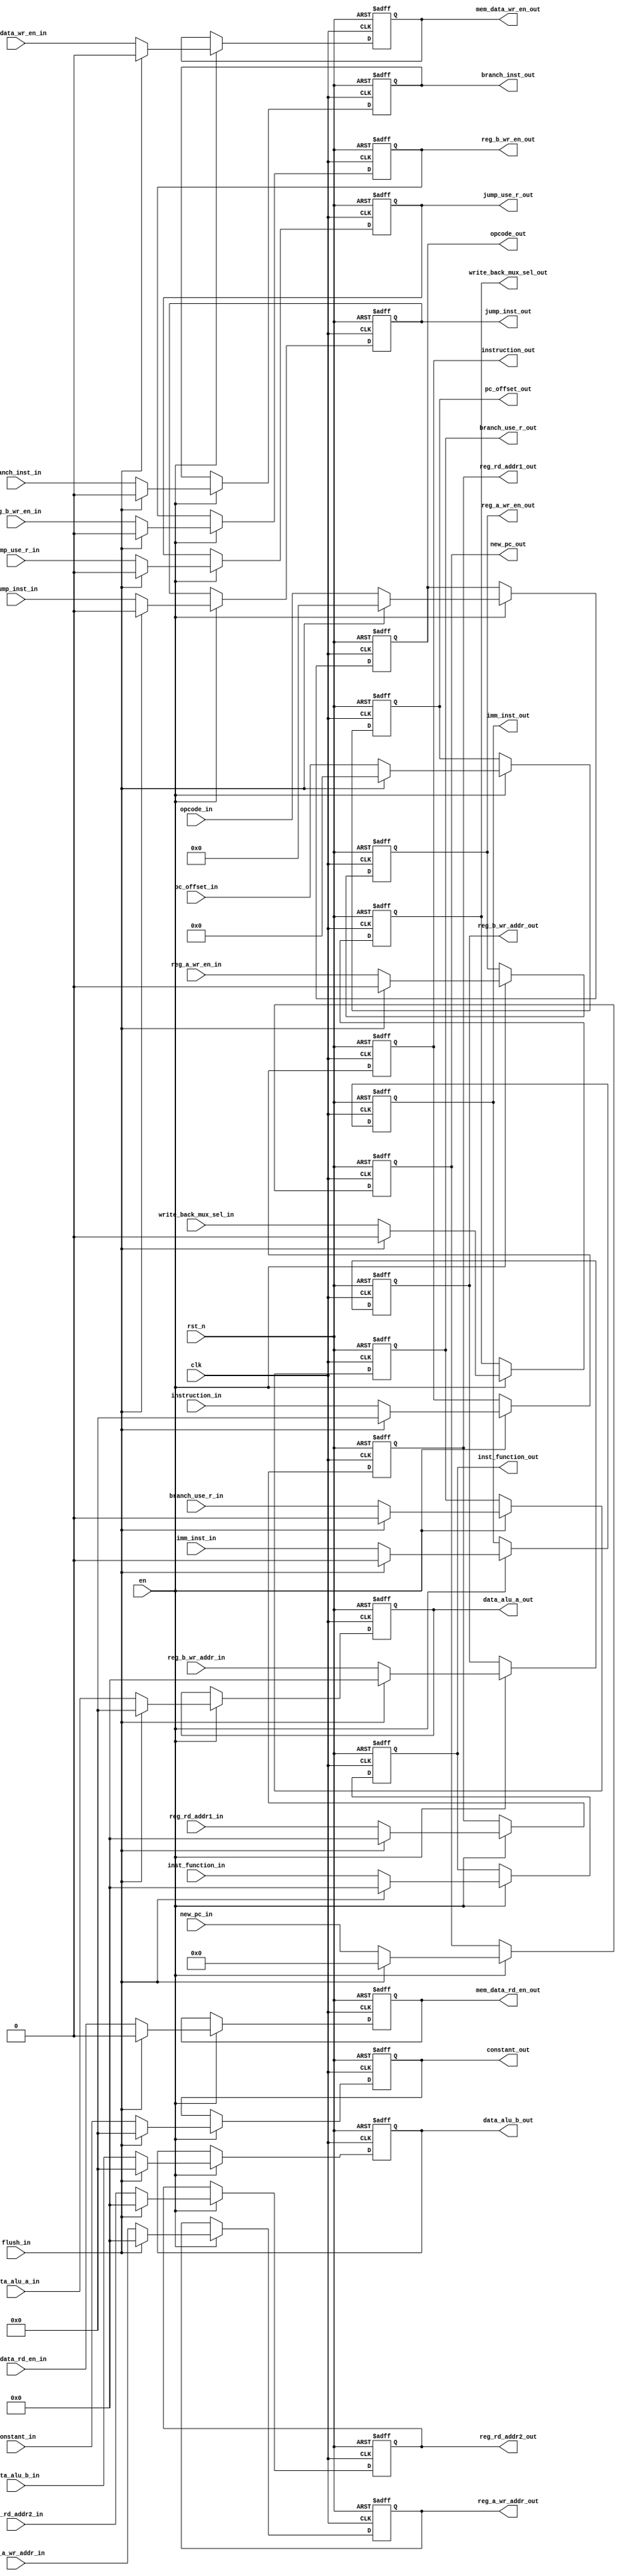
module id_ex_reg
#(
   parameter INSTRUCTION_WIDTH = 32,
   parameter PC_WIDTH = 20,
   parameter DATA_WIDTH = 32,
   parameter OPCODE_WIDTH = 6,
   parameter FUNCTION_WIDTH = 5,
   parameter REG_ADDR_WIDTH = 5,
   parameter IMEDIATE_WIDTH = 16,
   parameter PC_OFFSET_WIDTH = 26
)
(
   input clk,
   input rst_n,
   input en,
   input flush_in,
   input [DATA_WIDTH-1:0] data_alu_a_in,
   input [DATA_WIDTH-1:0] data_alu_b_in,
   input [PC_WIDTH-1:0] new_pc_in,
   input [INSTRUCTION_WIDTH-1:0] instruction_in,
   input [OPCODE_WIDTH-1:0] opcode_in,
   input [FUNCTION_WIDTH-1:0] inst_function_in,
   input [REG_ADDR_WIDTH-1:0] reg_rd_addr1_in,
   input [REG_ADDR_WIDTH-1:0] reg_rd_addr2_in,
   input [REG_ADDR_WIDTH-1:0] reg_a_wr_addr_in,
   input [REG_ADDR_WIDTH-1:0] reg_b_wr_addr_in,
   input reg_a_wr_en_in,
   input reg_b_wr_en_in,
   input [DATA_WIDTH-1:0] constant_in,
   input imm_inst_in,
   input [PC_OFFSET_WIDTH-1:0] pc_offset_in,
   input mem_data_rd_en_in,
   input mem_data_wr_en_in,
   input write_back_mux_sel_in,
   input branch_inst_in,
   input branch_use_r_in,
   input jump_inst_in,
   input jump_use_r_in,
   output reg [DATA_WIDTH-1:0] data_alu_a_out,
   output reg [DATA_WIDTH-1:0] data_alu_b_out,
   output reg [PC_WIDTH-1:0] new_pc_out,
   output reg [INSTRUCTION_WIDTH-1:0] instruction_out,
   output reg [OPCODE_WIDTH-1:0] opcode_out,
   output reg [FUNCTION_WIDTH-1:0] inst_function_out,
   output reg [REG_ADDR_WIDTH-1:0] reg_rd_addr1_out,
   output reg [REG_ADDR_WIDTH-1:0] reg_rd_addr2_out,
   output reg [REG_ADDR_WIDTH-1:0] reg_a_wr_addr_out,
   output reg [REG_ADDR_WIDTH-1:0] reg_b_wr_addr_out,
   output reg reg_a_wr_en_out,
   output reg reg_b_wr_en_out,
   output reg [DATA_WIDTH-1:0] constant_out,
   output reg imm_inst_out,
   output reg [PC_OFFSET_WIDTH-1:0] pc_offset_out,
   output reg mem_data_rd_en_out,
   output reg mem_data_wr_en_out,
   output reg write_back_mux_sel_out,
   output reg branch_inst_out,
   output reg branch_use_r_out,
   output reg jump_inst_out,
   output reg jump_use_r_out
);
always@(posedge clk, negedge rst_n)begin
   if(!rst_n)begin
      data_alu_a_out <= 0;
      data_alu_b_out <= 0;
      new_pc_out <= 0;
      instruction_out <= 0;
      opcode_out <= 0;
      inst_function_out <= 0;
      reg_rd_addr1_out <= 0;
      reg_rd_addr2_out <= 0;
      reg_a_wr_addr_out <= 0;
      reg_b_wr_addr_out <= 0;
      reg_a_wr_en_out <= 0;
      reg_b_wr_en_out <= 0;
      constant_out <= 0;
      imm_inst_out <= 0;
      pc_offset_out <= 0;
      mem_data_rd_en_out <= 0;
      mem_data_wr_en_out <= 0;
      write_back_mux_sel_out <= 0;
      branch_inst_out <= 0;
      branch_use_r_out <= 0;
      jump_inst_out <= 0;
      jump_use_r_out <= 0;
   end
   else if(en) begin
      if(flush_in)begin
         data_alu_a_out <= 0;
         data_alu_b_out <= 0;
         new_pc_out <= 0;
         instruction_out <= 0;
         opcode_out <= 0;
         inst_function_out <= 0;
         reg_rd_addr1_out <= 0;
         reg_rd_addr2_out <= 0;
         reg_a_wr_addr_out <= 0;
         reg_b_wr_addr_out <= 0;
         reg_a_wr_en_out <= 0;
         reg_b_wr_en_out <= 0;
         constant_out <= 0;
         imm_inst_out <= 0;
         pc_offset_out <= 0;
         mem_data_rd_en_out <= 0;
         mem_data_wr_en_out <= 0;
         write_back_mux_sel_out <= 0;
         branch_inst_out <= 0;
         branch_use_r_out <= 0;
         jump_inst_out <= 0;
         jump_use_r_out <= 0;
      end
      else begin
         data_alu_a_out <= data_alu_a_in;
         data_alu_b_out <= data_alu_b_in;
         new_pc_out <= new_pc_in;
         instruction_out <= instruction_in;
         opcode_out <= opcode_in;
         inst_function_out <= inst_function_in;
         reg_rd_addr1_out <= reg_rd_addr1_in;
         reg_rd_addr2_out <= reg_rd_addr2_in;
         reg_a_wr_addr_out <= reg_a_wr_addr_in;
         reg_b_wr_addr_out <= reg_b_wr_addr_in;
         reg_a_wr_en_out <= reg_a_wr_en_in;
         reg_b_wr_en_out <= reg_b_wr_en_in;
         constant_out <= constant_in;
         imm_inst_out <= imm_inst_in;
         pc_offset_out <= pc_offset_in;
         mem_data_rd_en_out <= mem_data_rd_en_in;
         mem_data_wr_en_out <= mem_data_wr_en_in;
         write_back_mux_sel_out <= write_back_mux_sel_in;
         branch_inst_out <= branch_inst_in;
         branch_use_r_out <= branch_use_r_in;
         jump_inst_out <= jump_inst_in;
         jump_use_r_out <= jump_use_r_in;
      end
   end
end
endmodule